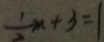
\frac { 1 } { 2 } m + 3 = 1